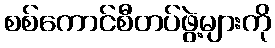
စစ်ကောင်စီတပ်ဖွဲ့များကို